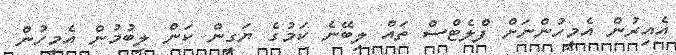
އެއިރުން އެމީހުންނަށް ފްލެޓްސް ތައް ލިބޭނެ ކަމުގެ ޔަގީން ކަން ލިބުމުން އެމީހުން